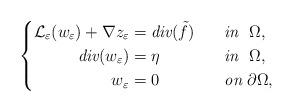
LaTeX: \begin{align*}\left\{\begin{aligned}\mathcal{L}_\varepsilon(w_\varepsilon)+\nabla z_\varepsilon& = \emph{div}(\tilde{f})&\quad& \emph{in}~~\Omega,\\\emph{div}(w_\varepsilon) &= \eta &\quad& \emph{in}~~\Omega,\\w_\varepsilon &=0 &\quad& \emph{on}~\partial\Omega,\end{aligned}\right.\end{align*}